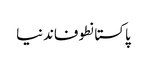
پاکستانطوفاندنیا